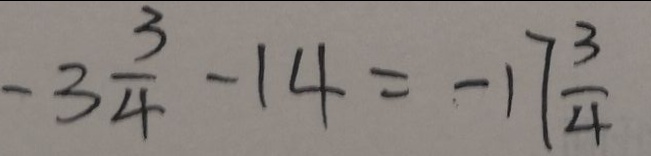
- 3 \frac { 3 } { 4 } - 1 4 = - 1 7 \frac { 3 } { 4 }